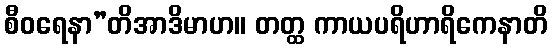
စီဝရေနာ”တိအာဒိမာဟ။ တတ္ထ ကာယပရိဟာရိကေနာတိ